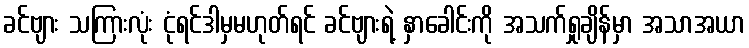
ခင်ဗျား သကြားလုံး ငုံရင်ဒါမှမဟုတ်ရင် ခင်ဗျားရဲ့ နှာခေါင်းကို အသက်ရှုချိန်မှာ အသာအယာ